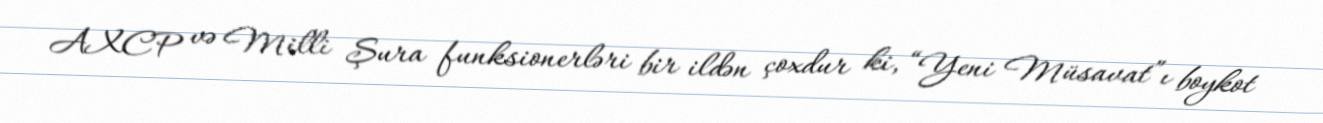
AXCP və Milli Şura funksionerləri bir ildən çoxdur ki, “Yeni Müsavat”ı boykot